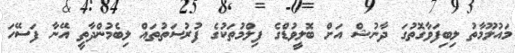
މައުލޫމާތު ލިބިފަވާގޮތުގަ ދާނުޝް އަށް ބޮލީވުޑްގެ ފިލްމުތަކުގެ ފުރުސަތުތައް ލިބެމުންދާތީ އޭނާ ފަސޭހަ